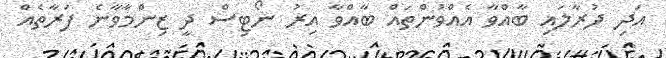
އަދި ދުރާލައި ބާއްވާ އެއްވުންތައް ބާއްވާ އިރު ނޯޓިސް ދީ ޒިންމާވާނެ ފަރާތެއް